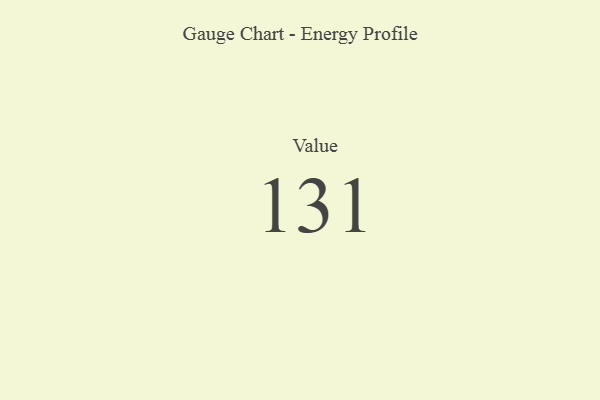
{"axis": {"x": "Metric", "y": "Value"}, "legend": [""], "data": [{"x": "Value", "y": 131, "type": ""}]}